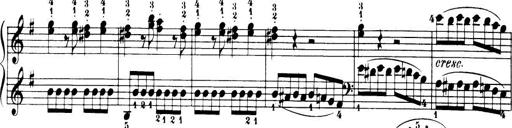
Title: 32 Sonatinas and Rondos for the Piano
Composer: Richard Kleinmichel